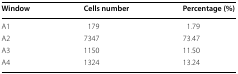
| Window | Cells number | Percentage (%) |
 | --- | --- | --- |
 | A1 | 179 | 1.79 |
 | A2 | 7347 | 73.47 |
 | A3 | 1150 | 11.50 |
 | A4 | 1324 | 13.24 |